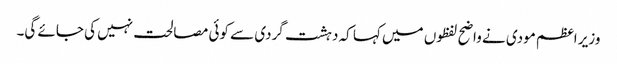
وزیر اعظم مودی نے واضح لفظوں میں کہا کہ دہشت گردی سے کوئی مصالحت نہیں کی جائے گی۔